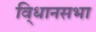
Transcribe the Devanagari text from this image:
वि्धानसभा